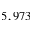
5 , 9 7 3